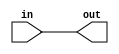
/* 
This file provides the mapping from the Wokwi modules to Verilog HDL.

It's only needed for Wokwi designs.
*/

`define default_netname none

module p04_buffer_cell (
    input wire in,
    output wire out
    );
    assign out = in;
endmodule

module p04_and_cell (
    input wire a,
    input wire b,
    output wire out
    );

    assign out = a & b;
endmodule

module p04_or_cell (
    input wire a,
    input wire b,
    output wire out
    );

    assign out = a | b;
endmodule

module p04_xor_cell (
    input wire a,
    input wire b,
    output wire out
    );

    assign out = a ^ b;
endmodule

module p04_nand_cell (
    input wire a,
    input wire b,
    output wire out
    );

    assign out = !(a&b);
endmodule

module p04_not_cell (
    input wire in,
    output wire out
    );

    assign out = !in;
endmodule

module p04_mux_cell (
    input wire a,
    input wire b,
    input wire sel,
    output wire out
    );

    assign out = sel ? b : a;
endmodule

module p04_dff_cell (
    input wire clk,
    input wire d,
    output reg q,
    output wire notq
    );

    assign notq = !q;
    always @(posedge clk)
        q <= d;

endmodule

module p04_dffsr_cell (
    input wire clk,
    input wire d,
    input wire s,
    input wire r,
    output reg q,
    output wire notq
    );

    assign notq = !q;

    always @(posedge clk or posedge s or posedge r) begin
        if (r)
            q <= 0;
        else if (s)
            q <= 1;
        else
            q <= d;
    end
endmodule